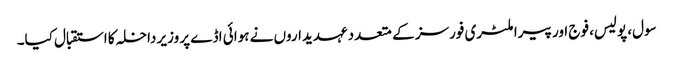
سول، پولیس، فوج اور پیرا ملٹری فورسز کے متعدد عہدیداروں نے ہوائی اڈے پر وزیر داخلہ کا استقبال کیا۔